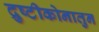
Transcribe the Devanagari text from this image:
द्रुष्टीकोनातुन